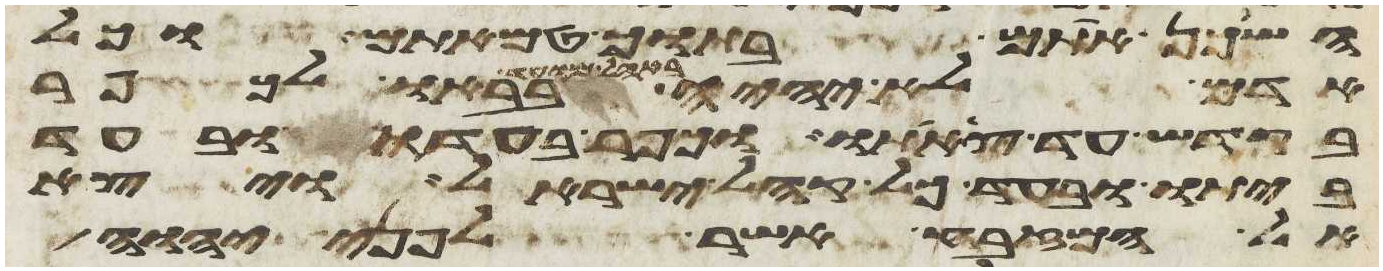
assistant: השכן אתם בתוך טמאתם וכל
אדם לא יהיה באהל מועד בבאו לכפר
בקדש עד צאתו וכפר בעדו ובעד
ביתו ובעד כל קהל ישראל ויצא
אל המזבח אשר לפני יהוה